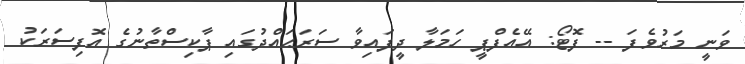
ވަނީ މަރުވެފަ -- ފޮޓޯ: އޭއެފްޕީ ހަމަލާ ދީފައިވާ ސަރަޙައްދުގައި ޕާކިސްތާނުގެ އޮފިސަރަކު